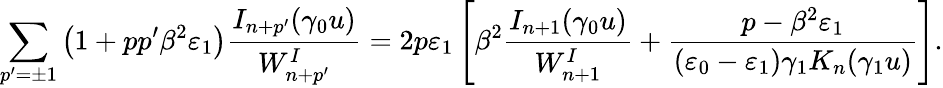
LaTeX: \sum_{p^{\prime}=\pm 1}\left(1+pp^{\prime}\beta^{2}\varepsilon_{1}\right)\frac{I_{n+p^{\prime}}(\gamma_{0}u)}{W_{n+p^{\prime}}^{I}}=2p\varepsilon_{1}\left[\beta^{2}\frac{I_{n+1}(\gamma_{0}u)}{W_{n+1}^{I}}+\frac{p-\beta^{2}\varepsilon_{1}}{\left(\varepsilon_{0}-\varepsilon_{1}\right)\gamma_{1}K_{n}(\gamma_{1}u)}\right].